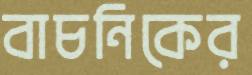
বাচনিকের